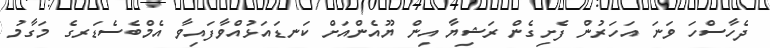
ދެހާސްހަ ވަނަ އަހަރުން ފެށިގެން ރަޝިޔާ އިން ޔޫއެންއަށް ކަނޑަައަޅުއްވާފައިވާ އެމްބެސެޑަރގެ މަގާމު